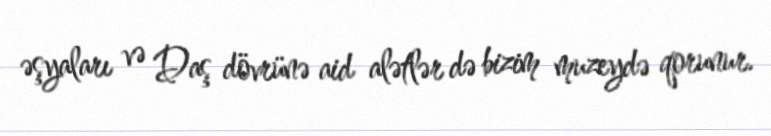
əşyaları və Daş dövrünə aid alətlər də bizim muzeydə qorunur.